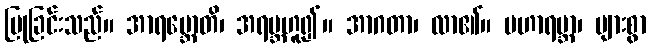
ပြုခြင်းသည်။ အာရမ္ဘောတိ၊ အရမ္ဘဟူ၍။ အာဂတာ၊ လာ၏။ မဟာရမ္ဘာ၊ များစွာ